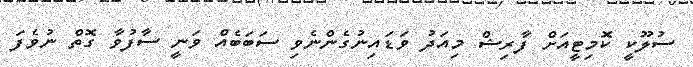
ސުލޫކީ ކޮމިޓީއަށް ފާރިޝް މިއަދު ވަޑައިނުގެންނެވި ސަބަބެއް ވަނީ ސާފުވާ ގޮތް ނުވެފަ